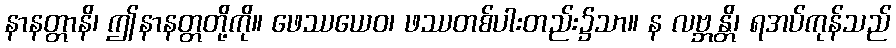
နာနတ္တာနိ၊ ဤနာနတ္တတို့ကို။ ဖေဿယေဝ၊ ဖဿတစ်ပါးတည်း၌သာ။ န လဗ္ဘန္တိ၊ ရအပ်ကုန်သည်